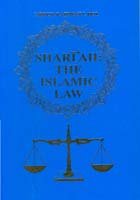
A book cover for Shari'ah: The Islamic Law; Abdur Rahman I. Doi; Christian Books & Bibles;